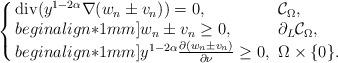
LaTeX: \begin{align*}\left\{ \arraycolsep=1.5pt\begin{array}{lll}{\rm div}(y^{1-2\alpha}\nabla (w_n\pm v_n)) = 0, & \;\mathcal{C}_{\Omega},\\begin{align*}1mm]w_n\pm v_n\ge 0,&\;\partial_L\mathcal{C}_{\Omega},\\begin{align*}1mm] y^{1-2\alpha}\frac {\partial (w_n\pm v_n)}{\partial \nu} \geq 0, &\;\Omega\times\{0\}. \end{array} \right. \end{align*}